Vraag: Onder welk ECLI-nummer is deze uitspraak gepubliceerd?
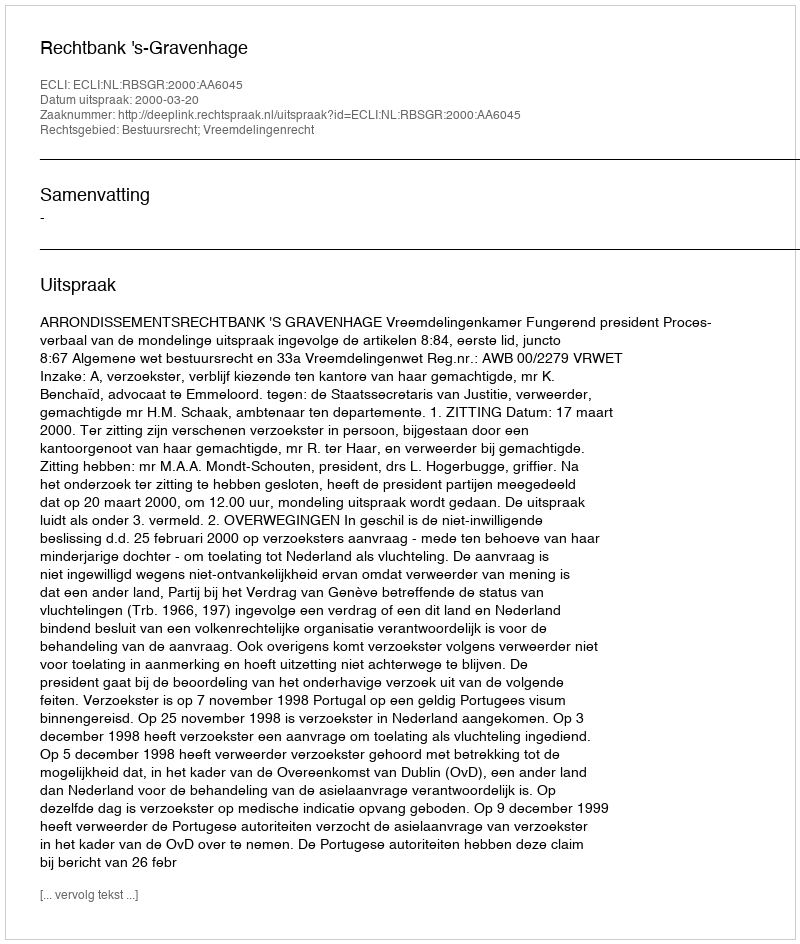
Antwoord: ECLI:NL:RBSGR:2000:AA6045